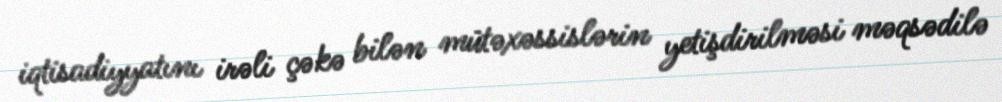
iqtisadiyyatını irəli çəkə bilən mütəxəssislərin yetişdirilməsi məqsədilə